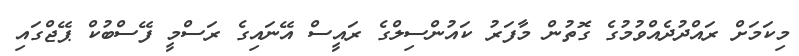
މިކަމަށް ރައްދުދެއްވުމުގެ ގޮތުން މާފަރު ކައުންސިލްގެ ރައީސް އޭނައިގެ ރަސްމީ ފޭސްބުކް ޕޭޖްގައި